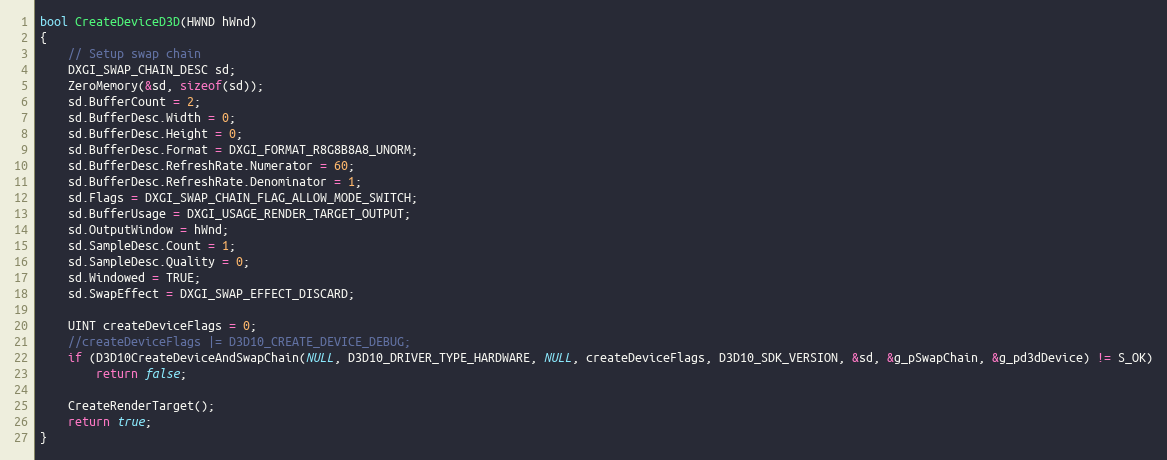
Language: C++
bool CreateDeviceD3D(HWND hWnd)
{
    // Setup swap chain
    DXGI_SWAP_CHAIN_DESC sd;
    ZeroMemory(&sd, sizeof(sd));
    sd.BufferCount = 2;
    sd.BufferDesc.Width = 0;
    sd.BufferDesc.Height = 0;
    sd.BufferDesc.Format = DXGI_FORMAT_R8G8B8A8_UNORM;
    sd.BufferDesc.RefreshRate.Numerator = 60;
    sd.BufferDesc.RefreshRate.Denominator = 1;
    sd.Flags = DXGI_SWAP_CHAIN_FLAG_ALLOW_MODE_SWITCH;
    sd.BufferUsage = DXGI_USAGE_RENDER_TARGET_OUTPUT;
    sd.OutputWindow = hWnd;
    sd.SampleDesc.Count = 1;
    sd.SampleDesc.Quality = 0;
    sd.Windowed = TRUE;
    sd.SwapEffect = DXGI_SWAP_EFFECT_DISCARD;

    UINT createDeviceFlags = 0;
    //createDeviceFlags |= D3D10_CREATE_DEVICE_DEBUG;
    if (D3D10CreateDeviceAndSwapChain(NULL, D3D10_DRIVER_TYPE_HARDWARE, NULL, createDeviceFlags, D3D10_SDK_VERSION, &sd, &g_pSwapChain, &g_pd3dDevice) != S_OK)
        return false;

    CreateRenderTarget();
    return true;
}